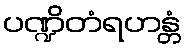
ပဏ္ဍိတံရဟန္တံ